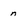
Character: n